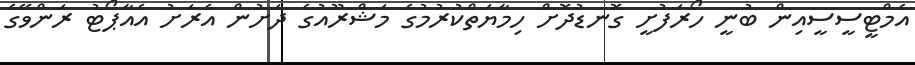
އެމްޓީސީސީއިން ބުނީ ހޯރަފުށީ ގޮނޑުދޮށް ހިމާޔަތްކުރުމުގެ މަޝްރޫއުގެ ދަށުން އެރަށު އެއާޕޯޓު ރަންވޭގެ